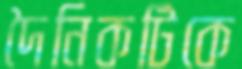
দৈনিকটিকে